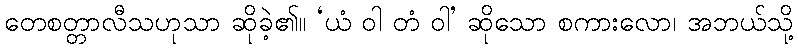
တေစတ္တာလီသဟုသာ ဆိုခဲ့၏။ ‘ယံ ဝါ တံ ဝါ’ ဆိုသော စကားလော၊ အဘယ်သို့